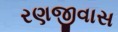
રણજીવાસ